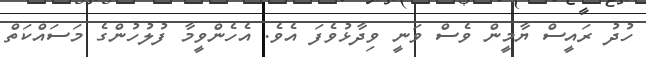
ހުދު ރައީސް ޔާމީން ވެސް ވަނީ ވިދާޅުވެފަ އެވެ. އެހެންވީމާ ފުލުހުންގެ މަސައްކަތް